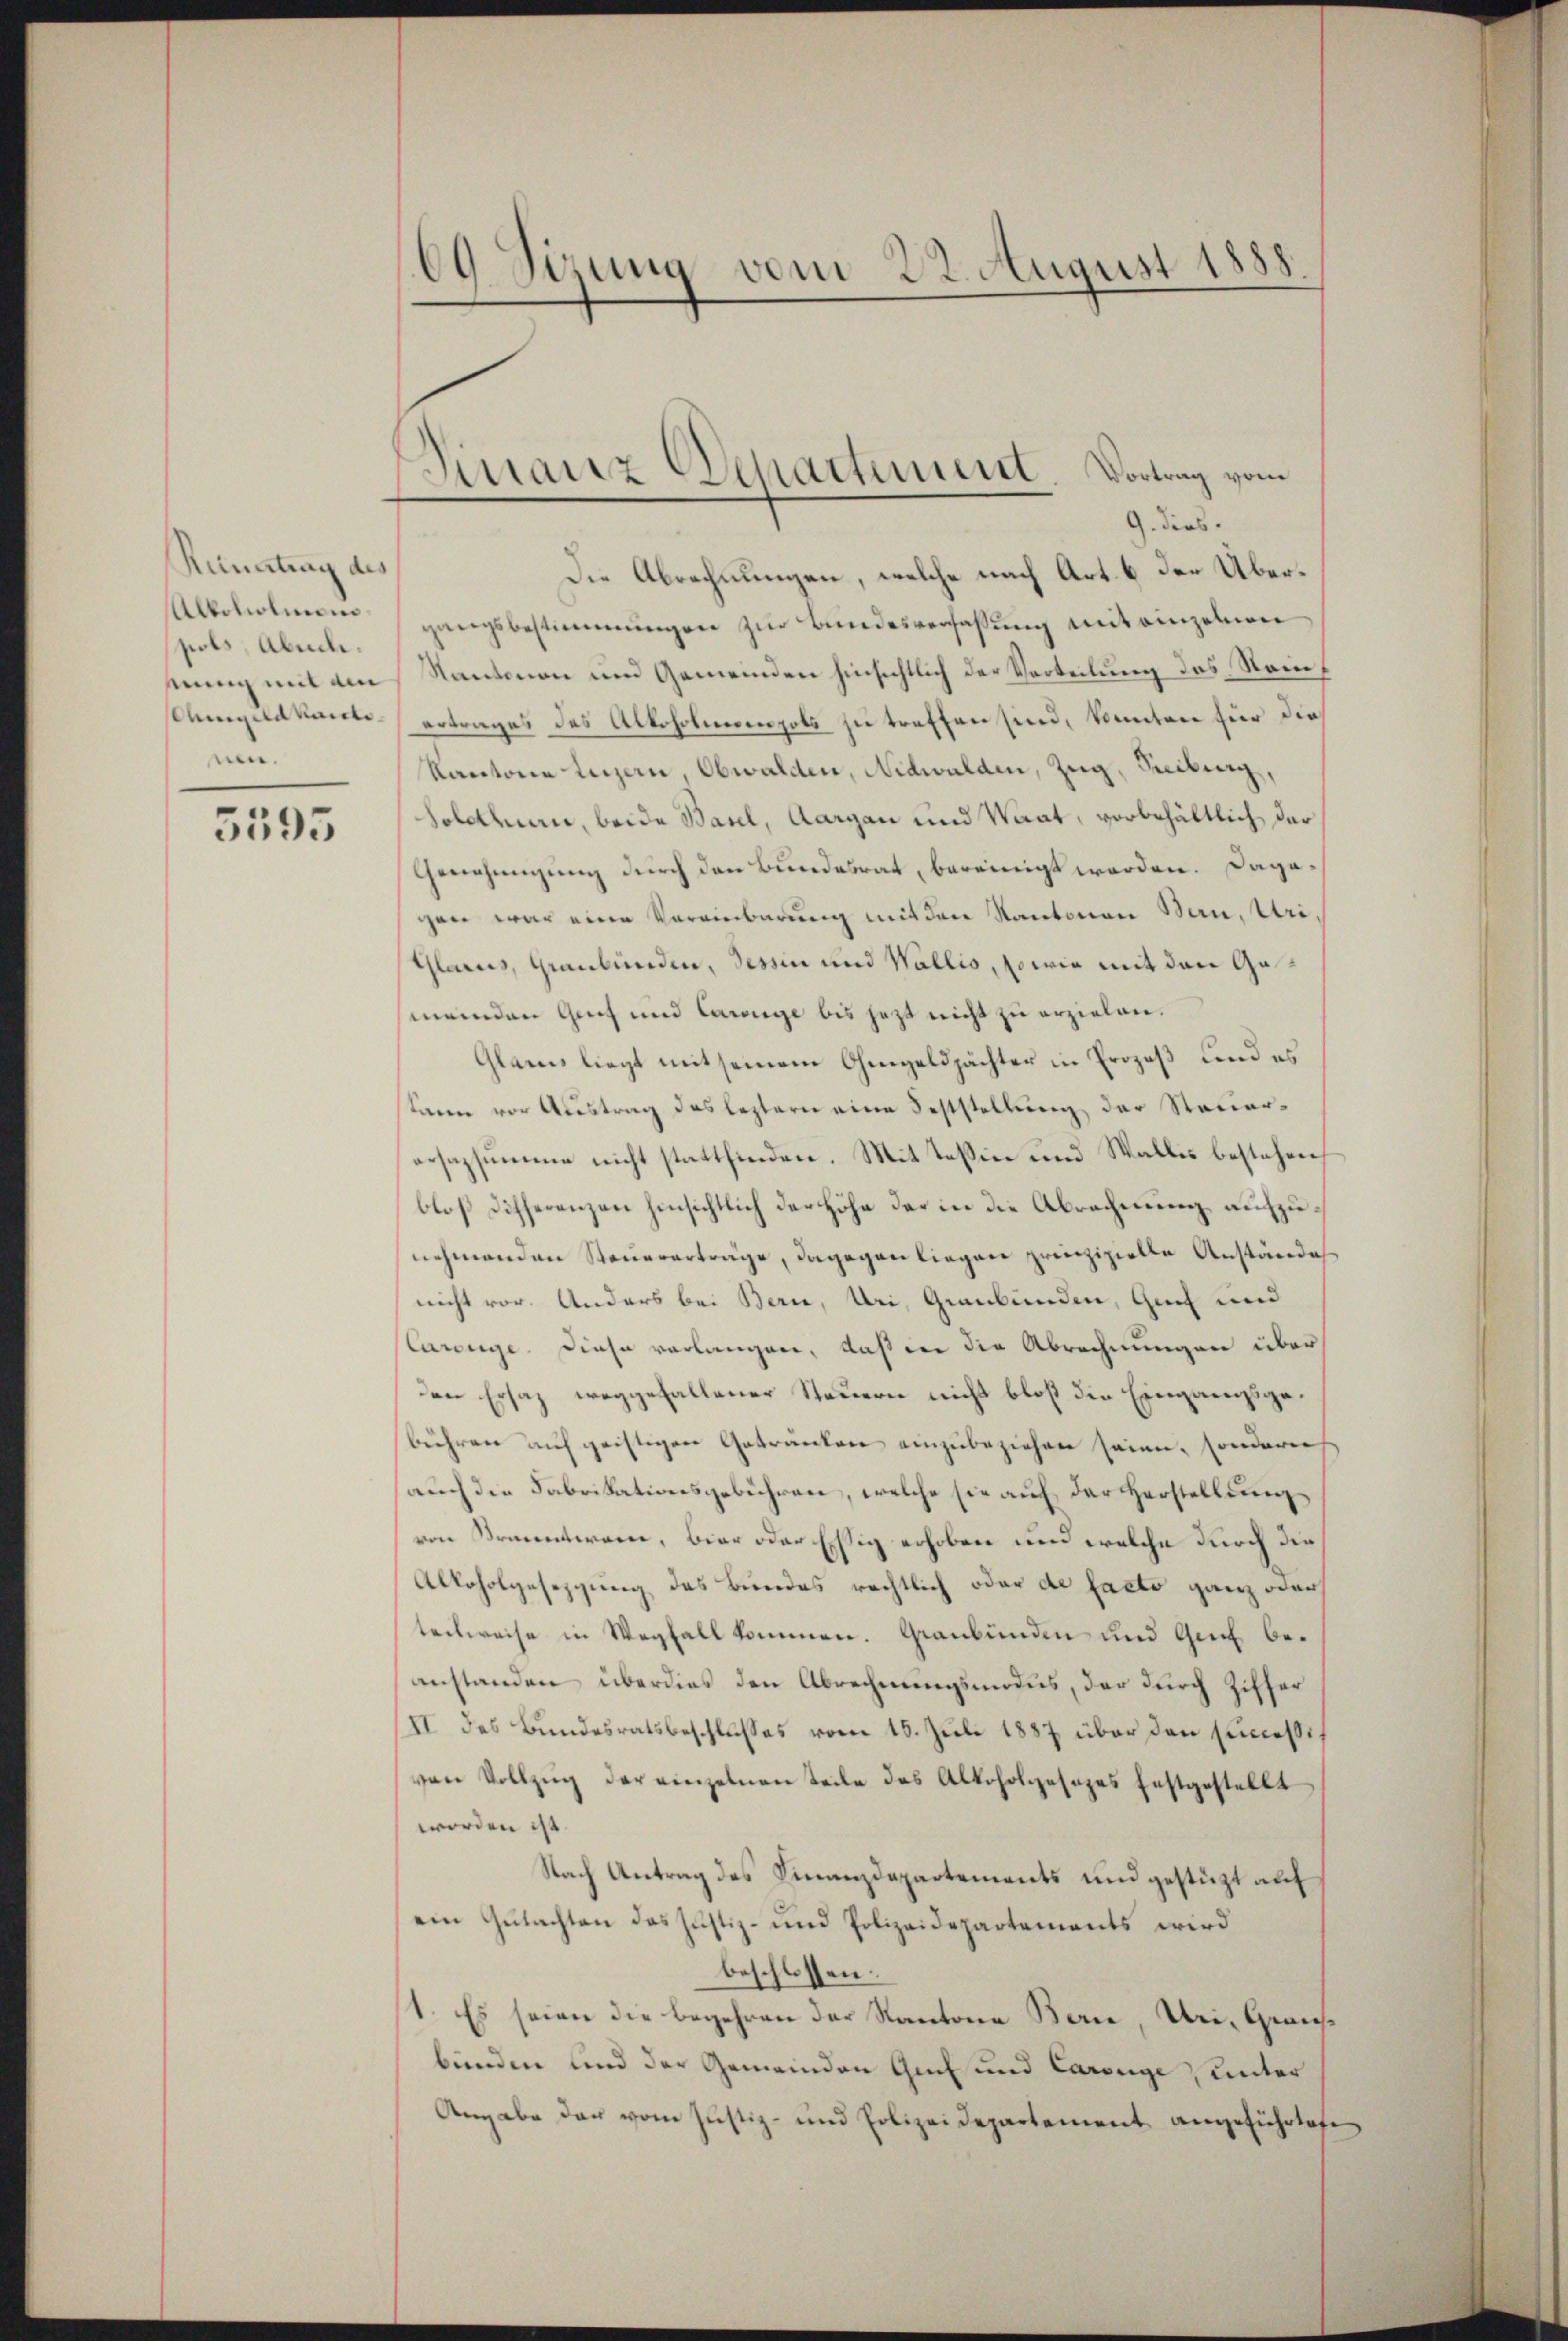
Reimatung des
pols, Absch.
nen.
5595

69 Sizung vom 22. August 1888.

Die Abrechnungen, welche nach Art. 6 der Über¬
Alkoholie gangsbestimmungen zur Bundesverfassung mit einzelnen
sung mit am Kanton und Gemeinden hinsichtlich der Verteilung des Raif
mgeldkante ertrages des Alkoholmompots zu treffen sind, konnten für die
Kantone Luzern, Obwalden, Nidwalden, Zug, Freiburg,
Solothurn, beide Basel, Aargau und Waat, vorbehältlich der
Genehmigung durch den Bundesrat, bereinigt werden. Dagegen war eine Vereinbarung mit den Kantonen Bern, Uri
Glarus, Graubünden, Tessin und Wallis, sowie mit den Ga¬
(meinden Genf und Carige bis jetzt nicht zu erzielen.
Glarus liegt mit seinem Ohmgeldjächter in Prozeß und es
kann vor Austrag des leztern eine Feststellung der Steuerersazsumme nicht stattfinden. Mit Tessin und Wallis bestehen
bloß Differenzen hinsichtlich der Höhe der in die Abrechnung aufzunehmenden Steuererträge, dagegen liegen prinzipielle Anständes
nicht vor. Anders bei Bern, Uri, Graubünden, Genf und
Carige. Diese verlangen, daß in die Abrechnungen überden Ersaz weggefallener Steuern nicht bloß den Eingangsgebühren auf geistigen Getränken einzubeziehen seien, sondern
auch die Fabrikationsgebühren, welche sie auf der Herstellung
von Kramentwanne, biar oder Essig erhoben und welche durch die
Alkoholgesetzung des Bundes rechtlich oder de facto ganz oder
teckweise in Wegfall kommen. Graubünden und Genf beanstanden überdies den Abrechnungsmodus, der durch Ziffer
II des Bundesratsbeschlusses vom 15. Juli 1887 über den sinceßivon Vollzŭg der einzelnen Teile des Alkoholgesezes festgestellt
worden ist.
Nach Antrag des Finanzdepartements und gestützt auf
ein Gutachten das Justiz- und Polizeidepartements wird
beschlossen:
(1. Es seien die begehren der Kantone Bern, Uri, Graubünden und der Gemeinden Gut und Carouge, unter
Angabe der vom Justiz- und Polizeidepartement angeführlichen

Finanz Departement. Vortrag vom
—
G. dies.